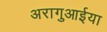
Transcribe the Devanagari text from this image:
अरागुआईया